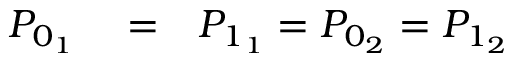
\begin{array} { r l r } { P _ { 0 _ { 1 } } } & { { } = } & { P _ { 1 _ { 1 } } = P _ { 0 _ { 2 } } = P _ { 1 _ { 2 } } } \end{array}